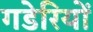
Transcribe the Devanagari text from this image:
गडेरियों